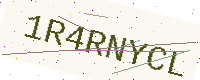
Text: 1R4RNYCL